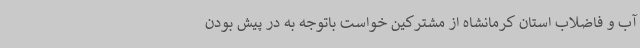
آب و فاضلاب استان کرمانشاه از مشترکین خواست باتوجه به در پیش بودن